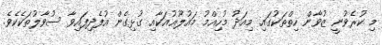
މި ކުރެވުނީ ޒުވާން ހިތްތަކުގައި މިއަދު މުހިއްމު މައުލޫޢުއަކާއި ގުޅިގެން އުފެދިފައިވާ ސުވާލުތަކެކެވެ.